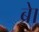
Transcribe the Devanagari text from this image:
ब्राे